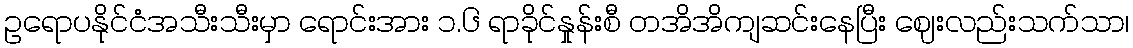
ဥရောပနိုင်ငံအသီးသီးမှာ ရောင်းအား ၁.၆ ရာခိုင်နှုန်းစီ တအိအိကျဆင်းနေပြီး ဈေးလည်းသက်သာ၊